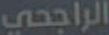
الراجحي